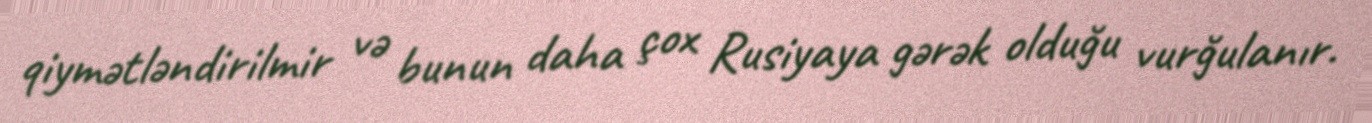
qiymətləndirilmir və bunun daha çox Rusiyaya gərək olduğu vurğulanır.